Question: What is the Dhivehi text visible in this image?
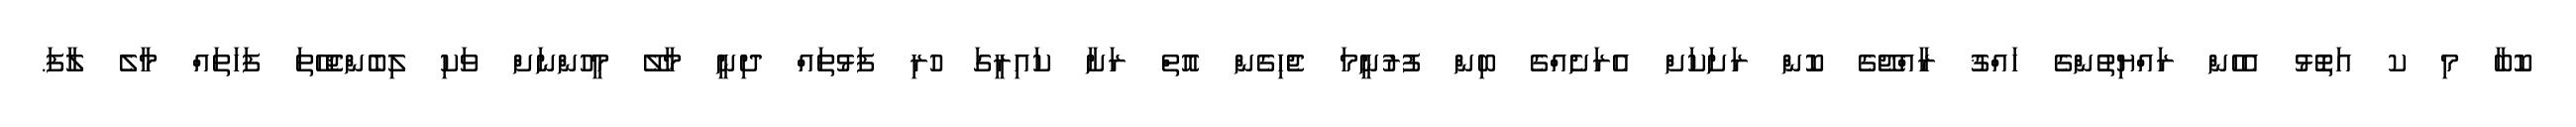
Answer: ކޮބާ މި ކ އަތޮޅު އެހެން ރައްޔިތުންގެ ހައްޤު ރާއްޖޭގެ ކޮން ރަށަކަށް އެރަށެއްގެ ބިން ފުރުނީމަ ޖެހިގެން އޮތް ރަށާ ކައިރީގަ ހުރި ފަޅުތައް ދިނީ މާލޭ މީހުންނަށް ވަކި ލިބެންޖެހޭތަ ފަހަތައް މާލެ ލާފަ.